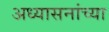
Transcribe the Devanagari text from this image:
अध्यासनांच्या